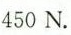
4 5 0 N$$.